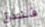
فندق